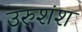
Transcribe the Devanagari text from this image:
उरुशंश